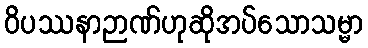
ဝိပဿနာဉာဏ်ဟုဆိုအပ်သောသမ္မာ